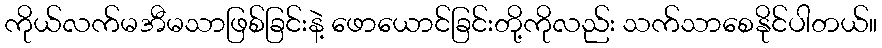
ကိုယ်လက်မအီမသာဖြစ်ခြင်းနဲ့ ဖောယောင်ခြင်းတို့ကိုလည်း သက်သာစေနိုင်ပါတယ်။